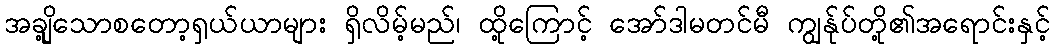
အချို့သောစတော့ရှယ်ယာများ ရှိလိမ့်မည်၊ ထို့ကြောင့် အော်ဒါမတင်မီ ကျွန်ုပ်တို့၏အရောင်းနှင့်